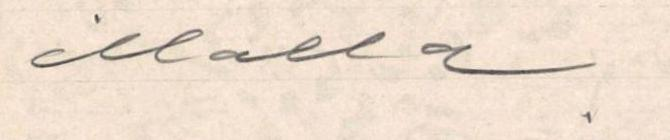
illalla.